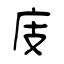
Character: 庋